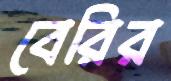
বেরির